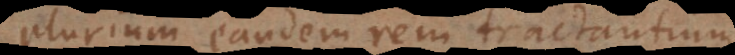
plurium eandem rem tractantium